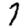
Digit: 7